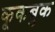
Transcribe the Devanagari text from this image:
कूकबुक